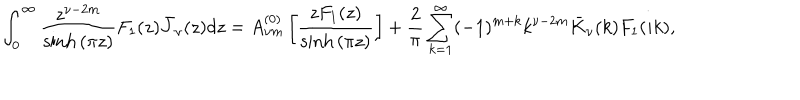
\int _ { 0 } ^ { \infty } { \frac { z ^ { \nu - 2 m } } { \sinh { ( \pi z ) } } F _ { 1 } ( z ) \bar { J } _ { \nu } ( z ) d z } = A _ { \nu m } ^ { ( 0 ) } \left[ \frac { z F _ { 1 } ( z ) } { \sinh { ( \pi z ) } } \right] + \frac { 2 } { \pi } \sum _ { k = 1 } ^ { \infty } ( - 1 ) ^ { m + k } k ^ { \nu - 2 m } \bar { K } _ { \nu } ( k ) F _ { 1 } ( i k ) ,